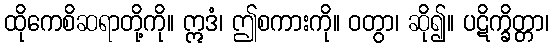
ထိုကေစိဆရာတို့ကို။ ဣဒံ၊ ဤစကားကို။ ဝတွာ၊ ဆို၍။ ပဋိက္ခိတ္တာ၊